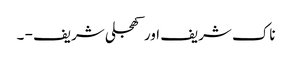
ناک شریف اور کھجلی شریف - ۔